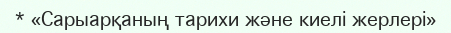
* «Сарыарқаның тарихи және киелі жерлері»